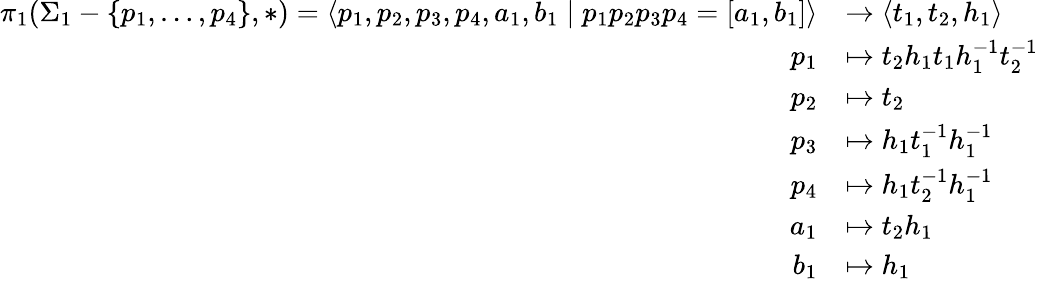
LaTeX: \begin{array}{rl}{\pi_{1}(\Sigma_{1}-\{ p_{1},\ldots,p_{4}\} ,\ast)=\langle p_{1},p_{2},p_{3},p_{4},a_{1},b_{1}\mid p_{1}p_{2}p_{3}p_{4}=[a_{1},b_{1}]\rangle}&{\rightarrow\langle t_{1},t_{2},h_{1}\rangle}\\ {p_{1}}&{\mapsto t_{2}h_{1}t_{1}h_{1}^{-1}t_{2}^{-1}}\\ {p_{2}}&{\mapsto t_{2}}\\ {p_{3}}&{\mapsto h_{1}t_{1}^{-1}h_{1}^{-1}}\\ {p_{4}}&{\mapsto h_{1}t_{2}^{-1}h_{1}^{-1}}\\ {a_{1}}&{\mapsto t_{2}h_{1}}\\ {b_{1}}&{\mapsto h_{1}}\end{array}